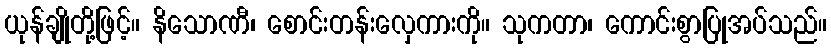
ယုန်ချိုတို့ဖြင့်။ နိသောဏီ၊ စောင်းတန်းလှေကားကို။ သုကတာ၊ ကောင်းစွာပြုအပ်သည်။